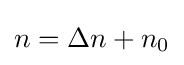
n=\Delta n+n_{0}